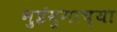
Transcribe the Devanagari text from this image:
भुईमुगाच्या